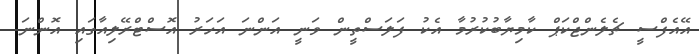
އޭއެފްސީ ޗެލެންޖްކަޕް ކާމިޔާބުކުރުމާ އެކު ފަލަސްތީން ވަނީ އަންނަ އަހަރު އޮސްޓްރޭލިއާގައި އޮންނަ